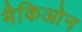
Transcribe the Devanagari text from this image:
मैकिओन